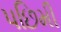
પછિમી